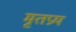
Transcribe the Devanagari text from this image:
मृतप्रय